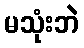
မသုံးဘဲ